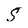
Character: S